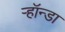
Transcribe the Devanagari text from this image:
ऱ्हॉन्डा